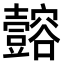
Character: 𫯈